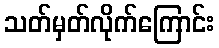
သတ်မှတ်လိုက်ကြောင်း